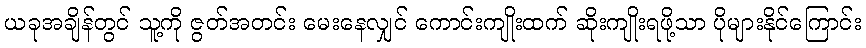
ယခုအချိန်တွင် သူ့ကို ဇွတ်အတင်း မေးနေလျှင် ကောင်းကျိုးထက် ဆိုးကျိုးရဖို့သာ ပိုများနိုင်ကြောင်း